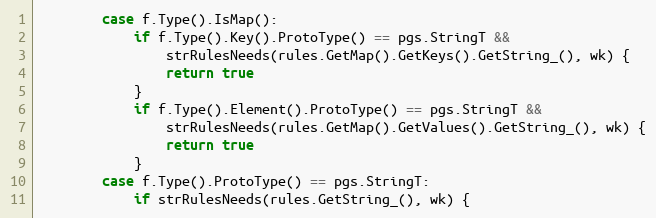
Language: Go
		case f.Type().IsMap():
			if f.Type().Key().ProtoType() == pgs.StringT &&
				strRulesNeeds(rules.GetMap().GetKeys().GetString_(), wk) {
				return true
			}
			if f.Type().Element().ProtoType() == pgs.StringT &&
				strRulesNeeds(rules.GetMap().GetValues().GetString_(), wk) {
				return true
			}
		case f.Type().ProtoType() == pgs.StringT:
			if strRulesNeeds(rules.GetString_(), wk) {